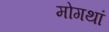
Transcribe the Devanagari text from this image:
मोगथां